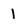
Character: 1